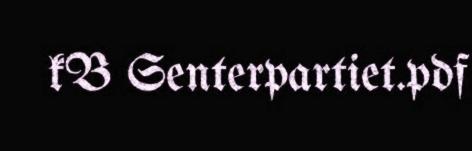
kB Senterpartiet.pdf